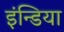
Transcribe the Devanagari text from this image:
इंन्डिया